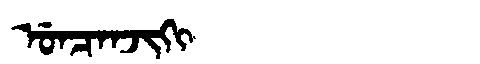
Manchu: ᡠᠨᠴᠠᠨᠵᡳᡴᡳ
Romanization: UNCANJIKI